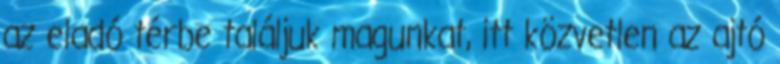
az eladó térbe találjuk magunkat, itt közvetlen az ajtó